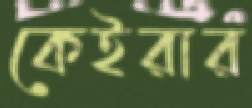
কেইরার